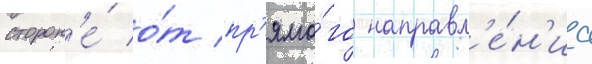
сторон'е́ о́т пр'ямо́го направл'е́н'иа